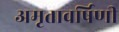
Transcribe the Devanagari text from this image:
अमृतावर्षिणी